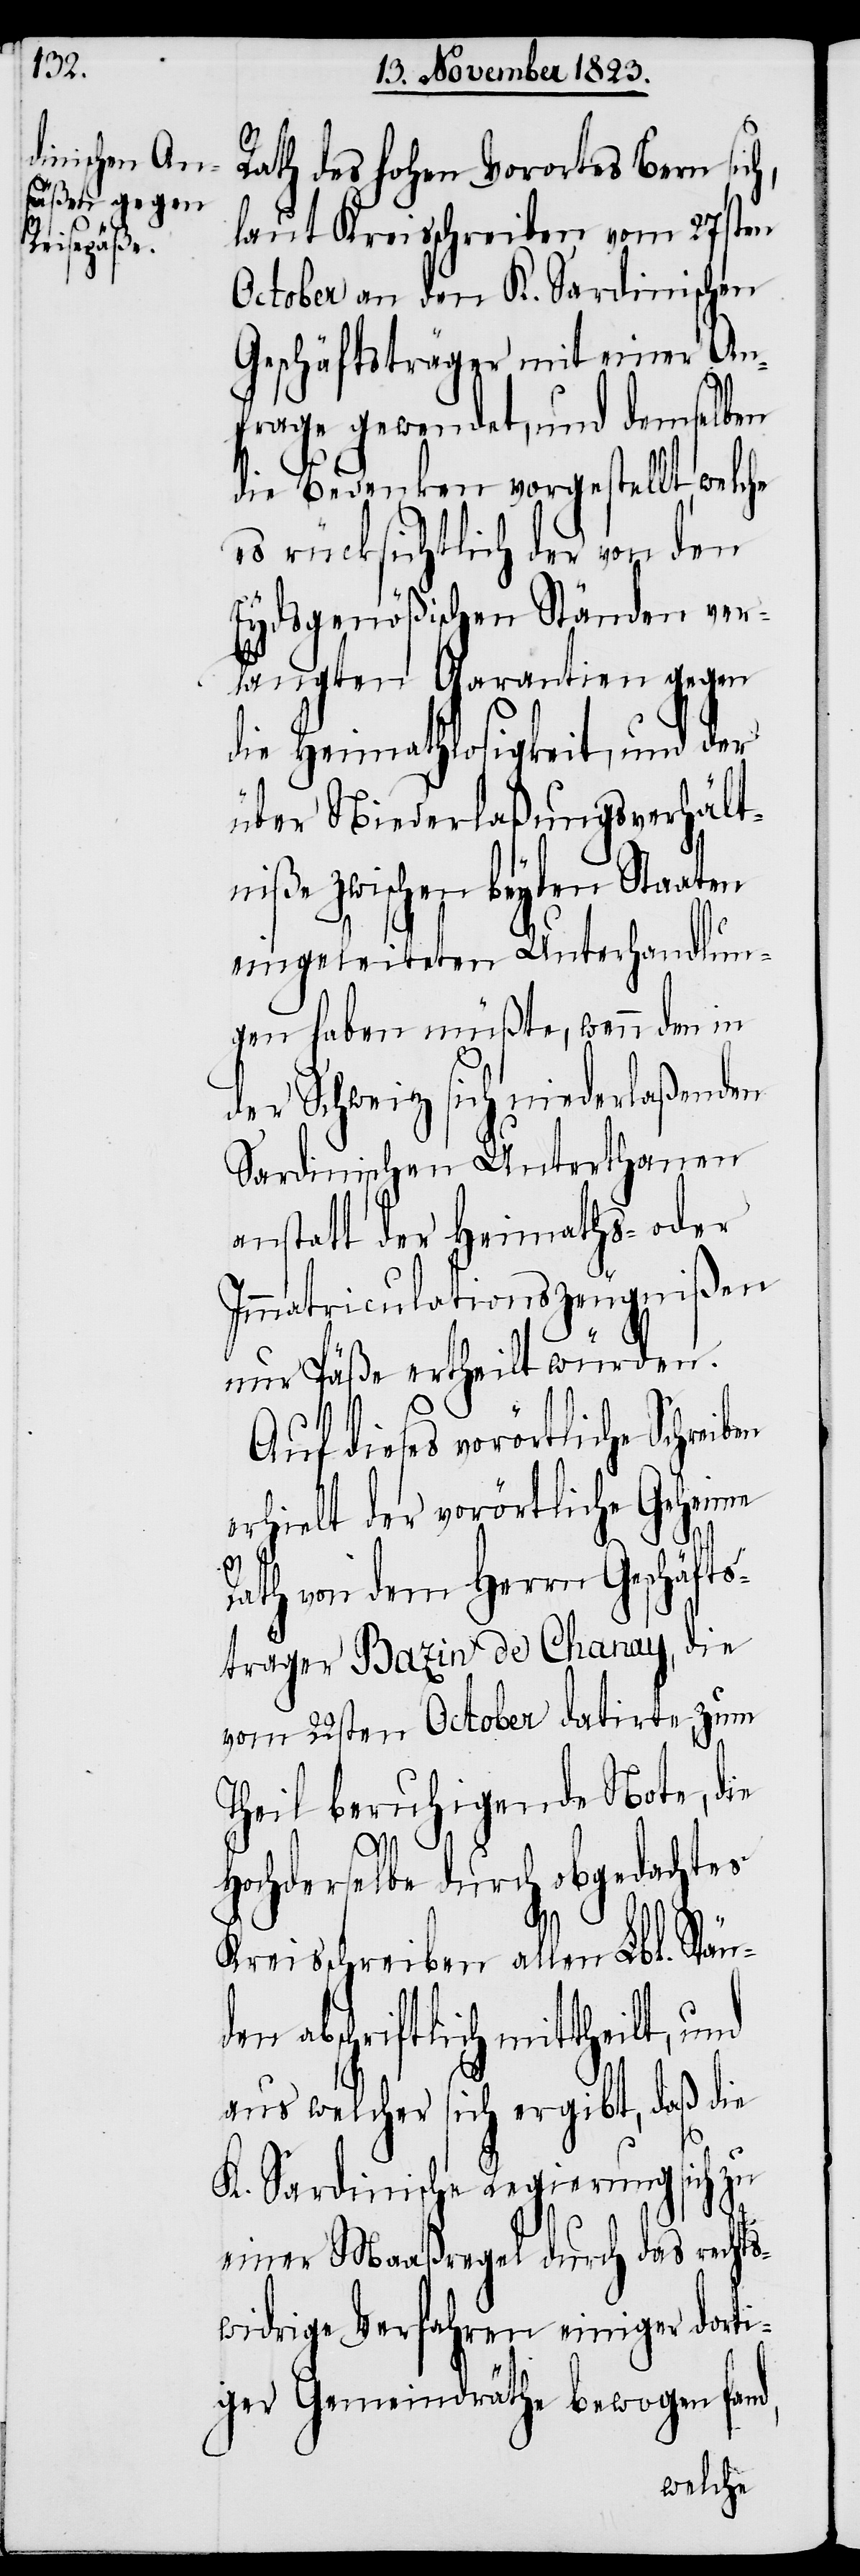
Rath des hohen Vorortes Bern sic¬
laut Kreisschreiben vom 27sten
October an den K. Sardinischen
Geschäftsträger mit einer An¬
frage gewendet, und demselben
die Bedenken vorgestellt, welche
es rücksichtlich der von den
Eydsgenößischen Ständen ver¬
langten Garantien gegen
die Heimathlosigkeit, und der
über Niederlaßungsverhält¬
niße zwischen beyden Staaten
eingeleiteten Unterhandlun¬
gen haben müßte, wenn den in
der Schweiz sich niederlaßenden
Sardinischen Unterthanen
anstatt der Heimaths- oder
Immatriculationszeugnißen
nur Päße ertheilt würden.
Auf dieses vorörtliche Schreiben
erhielt der vorörtliche Geheime
Rath von dem Herrn Geschäfts¬
träger Bazin de Chanay, die
vom 22sten October datirte, zum
Theil beruhigende Note, die
Hochderselbe durch obgedachtes
h,
Kreisschreiben allen Lbl. Stän¬
den abschriftlich mittheilt, und
aus welcher sich ergibt, daß die
K. Sardinische Regierung sich zu
einer Maaßregel durch das rechts¬
widrige Verfahren einiger dorti¬
ger Gemeindräthe bewogen fand,